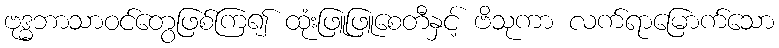
ဗုဒ္ဓဘာသာဝင်တွေဖြစ်ကြ၍ ထုံးဖြူဖြူစေတီနှင့် ဗိသုကာ လက်ရာမြောက်သော